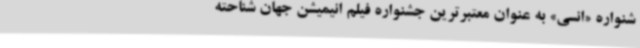
شنواره «انسی»‌ به عنوان معتبرترین جشنواره فیلم انیمیشن جهان شناحته